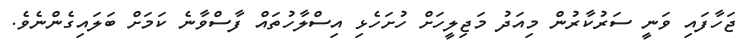
ޖަހާފައި ވަނީ ސަރުކާރުން މިއަދު މަޖިލީހަށް ހުށަހެޅި އިސްލާހުތައް ފާސްވާނެ ކަމަށް ބަލައިގެންނެވެ.